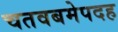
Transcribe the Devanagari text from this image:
चतवबमेपदह